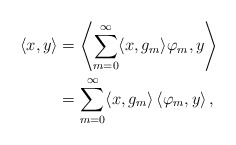
\begin{align*}\langle x,y\rangle&=\left\langle \sum_{m=0}^{\infty}\langle x,g_m\rangle \varphi_m,y\right\rangle\\&=\sum_{m=0}^{\infty}\langle x,g_m\rangle\left\langle \varphi_m,y\right\rangle,\end{align*}